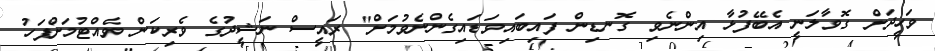
ވަހީދަށް ގޮވާލަނީ އެބޭފުޅާ އިންނެވި ގޮނޑިން ފައިބައިވަޑައިގެންނެވުމަށް" ރައީސް ނަޝީދުގެ ވެރިކަން ވެއްޓުމަށްފަހު